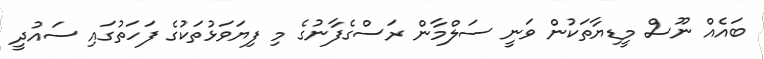
ބައެއް ނޫސް މީޑިޔާތަކުން ވަނީ ސަލްމާން ރަސްގެފާނުގެ މި ފިޔަވަޅުތަކުގެ ފަހަތުގައި ސައުދީ